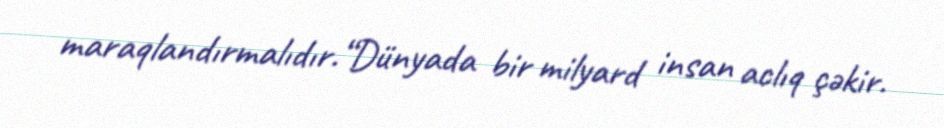
maraqlandırmalıdır.“Dünyada bir milyard insan aclıq çəkir.